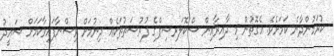
ކުރަމުންދާނެ ކަމަށެވެ. އެގޮތުން މި ދާއިރާއިން ސްކޮލަރޝިޕްގެ ފުރުސަތުތަކެއް ދިނުމަށް ވިސްނާފައިވާކަމަށް ސައީދު